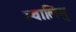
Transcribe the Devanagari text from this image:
म्वालिमु